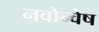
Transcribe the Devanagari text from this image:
नवोन्वेष